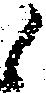
御